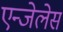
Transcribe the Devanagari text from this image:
एन्जेलेस